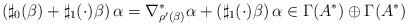
LaTeX: \begin{align*}\left(\sharp_0(\beta)+\sharp_1(\cdot)\beta\right)\alpha = \nabla^*_{\rho'(\beta)}\alpha + \left(\sharp_1(\cdot)\beta\right)\alpha\in\Gamma(A^*)\oplus\Gamma(A^*)\end{align*}